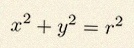
x^2+y^2=r^2